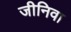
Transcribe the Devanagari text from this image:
जीनिवा